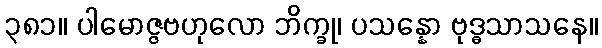
၃၈၁။ ပါမောဇ္ဇဗဟုလော ဘိက္ခု၊ ပသန္နော ဗုဒ္ဓသာသနေ။